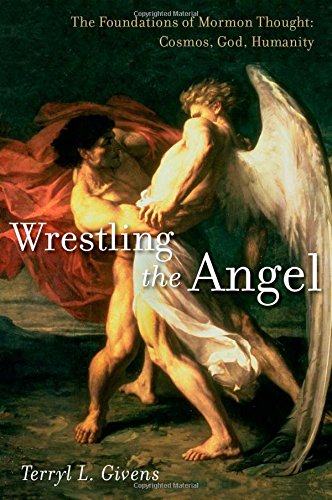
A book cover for Wrestling the Angel: The Foundations of Mormon Thought: Cosmos, God, Humanity; Terryl L. Givens; Christian Books & Bibles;